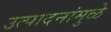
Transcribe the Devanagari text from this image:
उत्पादनांमुळे